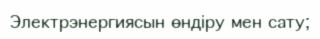
Электрэнергиясын өндіру мен сату;